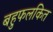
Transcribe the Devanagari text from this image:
बहुफलकित